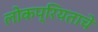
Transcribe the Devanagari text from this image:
लोकप्रियताचे